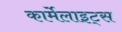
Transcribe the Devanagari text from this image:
कार्मेलाइट्स